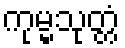
ကုမ္မသုတ္တံ